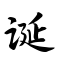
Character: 诞